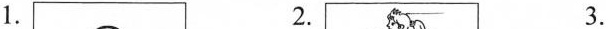
1. 2. 3.